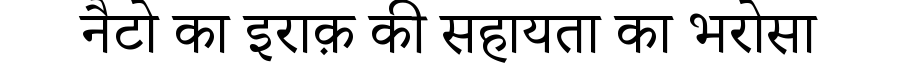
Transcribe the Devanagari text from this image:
नैटो का इराक़ की सहायता का भरोसा